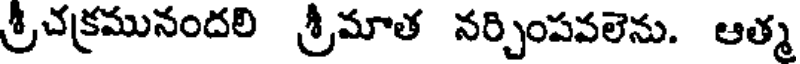
శ్రీచక్రమునందలి శ్రీమాత నర్చింపవలెను. ఆత్మ